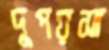
দুপয়সা